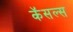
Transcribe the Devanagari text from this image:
कॅसल्स